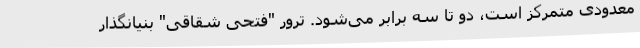
معدودی متمرکز است، دو تا سه برابر می‌شود. ترور "فتحی شقاقی" بنیانگذار